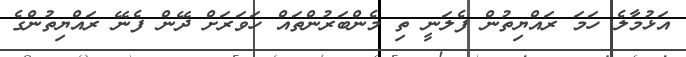
އަޅުމާލެ ހަމަ ރައްޔިތުން ފެލަނީ ތި މެންބަރުންތައް ހަވަރަށް ދޭން ފެނޭ ރައްޔިތުންގެ